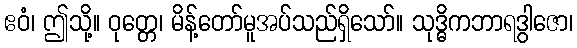
ဧဝံ၊ ဤသို့။ ဝုတ္တေ၊ မိန့်တော်မူအပ်သည်ရှိသော်။ သုဒ္ဓိကဘာရဒွါဇော၊